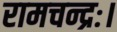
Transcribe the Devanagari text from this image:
रामचन्द्रः।